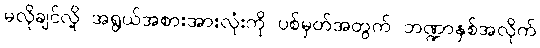
မလိုချင်လို့ အရွယ်အစားအားလုံးကို ပစ်မှတ်အတွက် ဘဏ္ဍာနှစ်အလိုက်